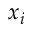
x _ { i }